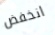
انخفض